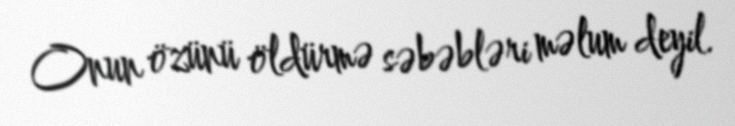
Onun özünü öldürmə səbəbləri məlum deyil.